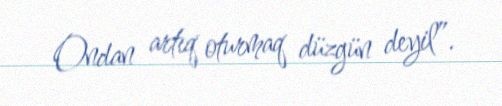
Ondan artıq oturmaq düzgün deyil”.